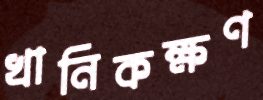
খানিকক্ষণ